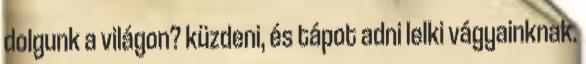
dolgunk a világon? küzdeni, és tápot adni lelki vágyainknak.